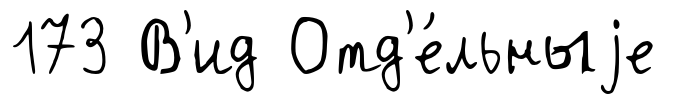
173 В'ид Отд'е́льныjе